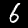
Label: 6